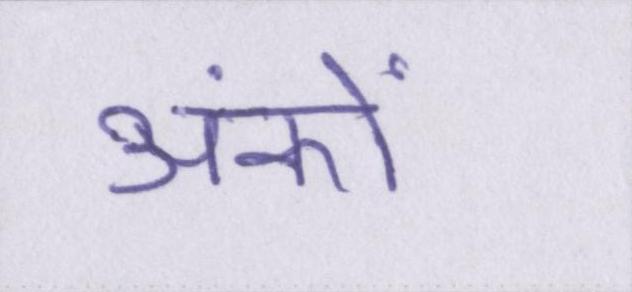
अंकों